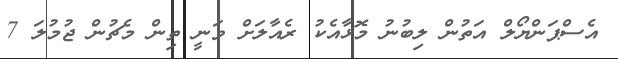
އެސްޕަންޔޯލް އަތުން ލިބުނު މޮޅާއެކު ރެއާލަށް ވަނީ ތިން މެޗުން ޖުމުލަ 7